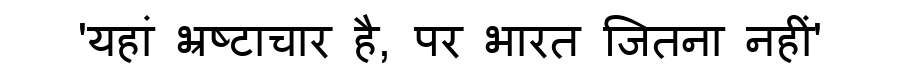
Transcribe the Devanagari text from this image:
'यहां भ्रष्टाचार है, पर भारत जितना नहीं'